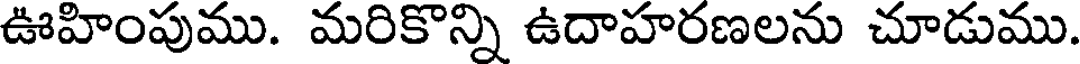
ఊహింపుము. మరికొన్ని ఉదాహరణలను చూడుము.